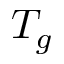
T _ { g }